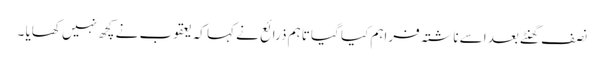
نصف گھنٹے بعد اسے ناشتہ فراہم کیا گیا تاہم ذرائع نے کہا کہ یعقوب نے کچھ نہیں کھایا ۔